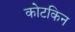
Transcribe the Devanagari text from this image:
कोटकिन